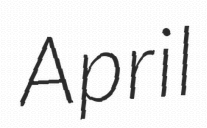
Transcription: April